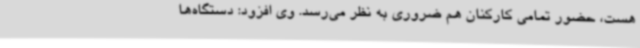
هست، حضور تمامی کارکنان هم ضروری به نظر می‌رسد. وی افزود: دستگاه‌ها